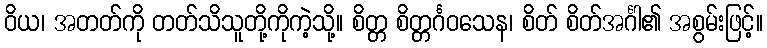
ဝိယ၊ အတတ်ကို တတ်သိသူတို့ကိုကဲ့သို့။ စိတ္တ စိတ္တင်္ဂဝသေန၊ စိတ် စိတ်အင်္ဂါ၏ အစွမ်းဖြင့်။